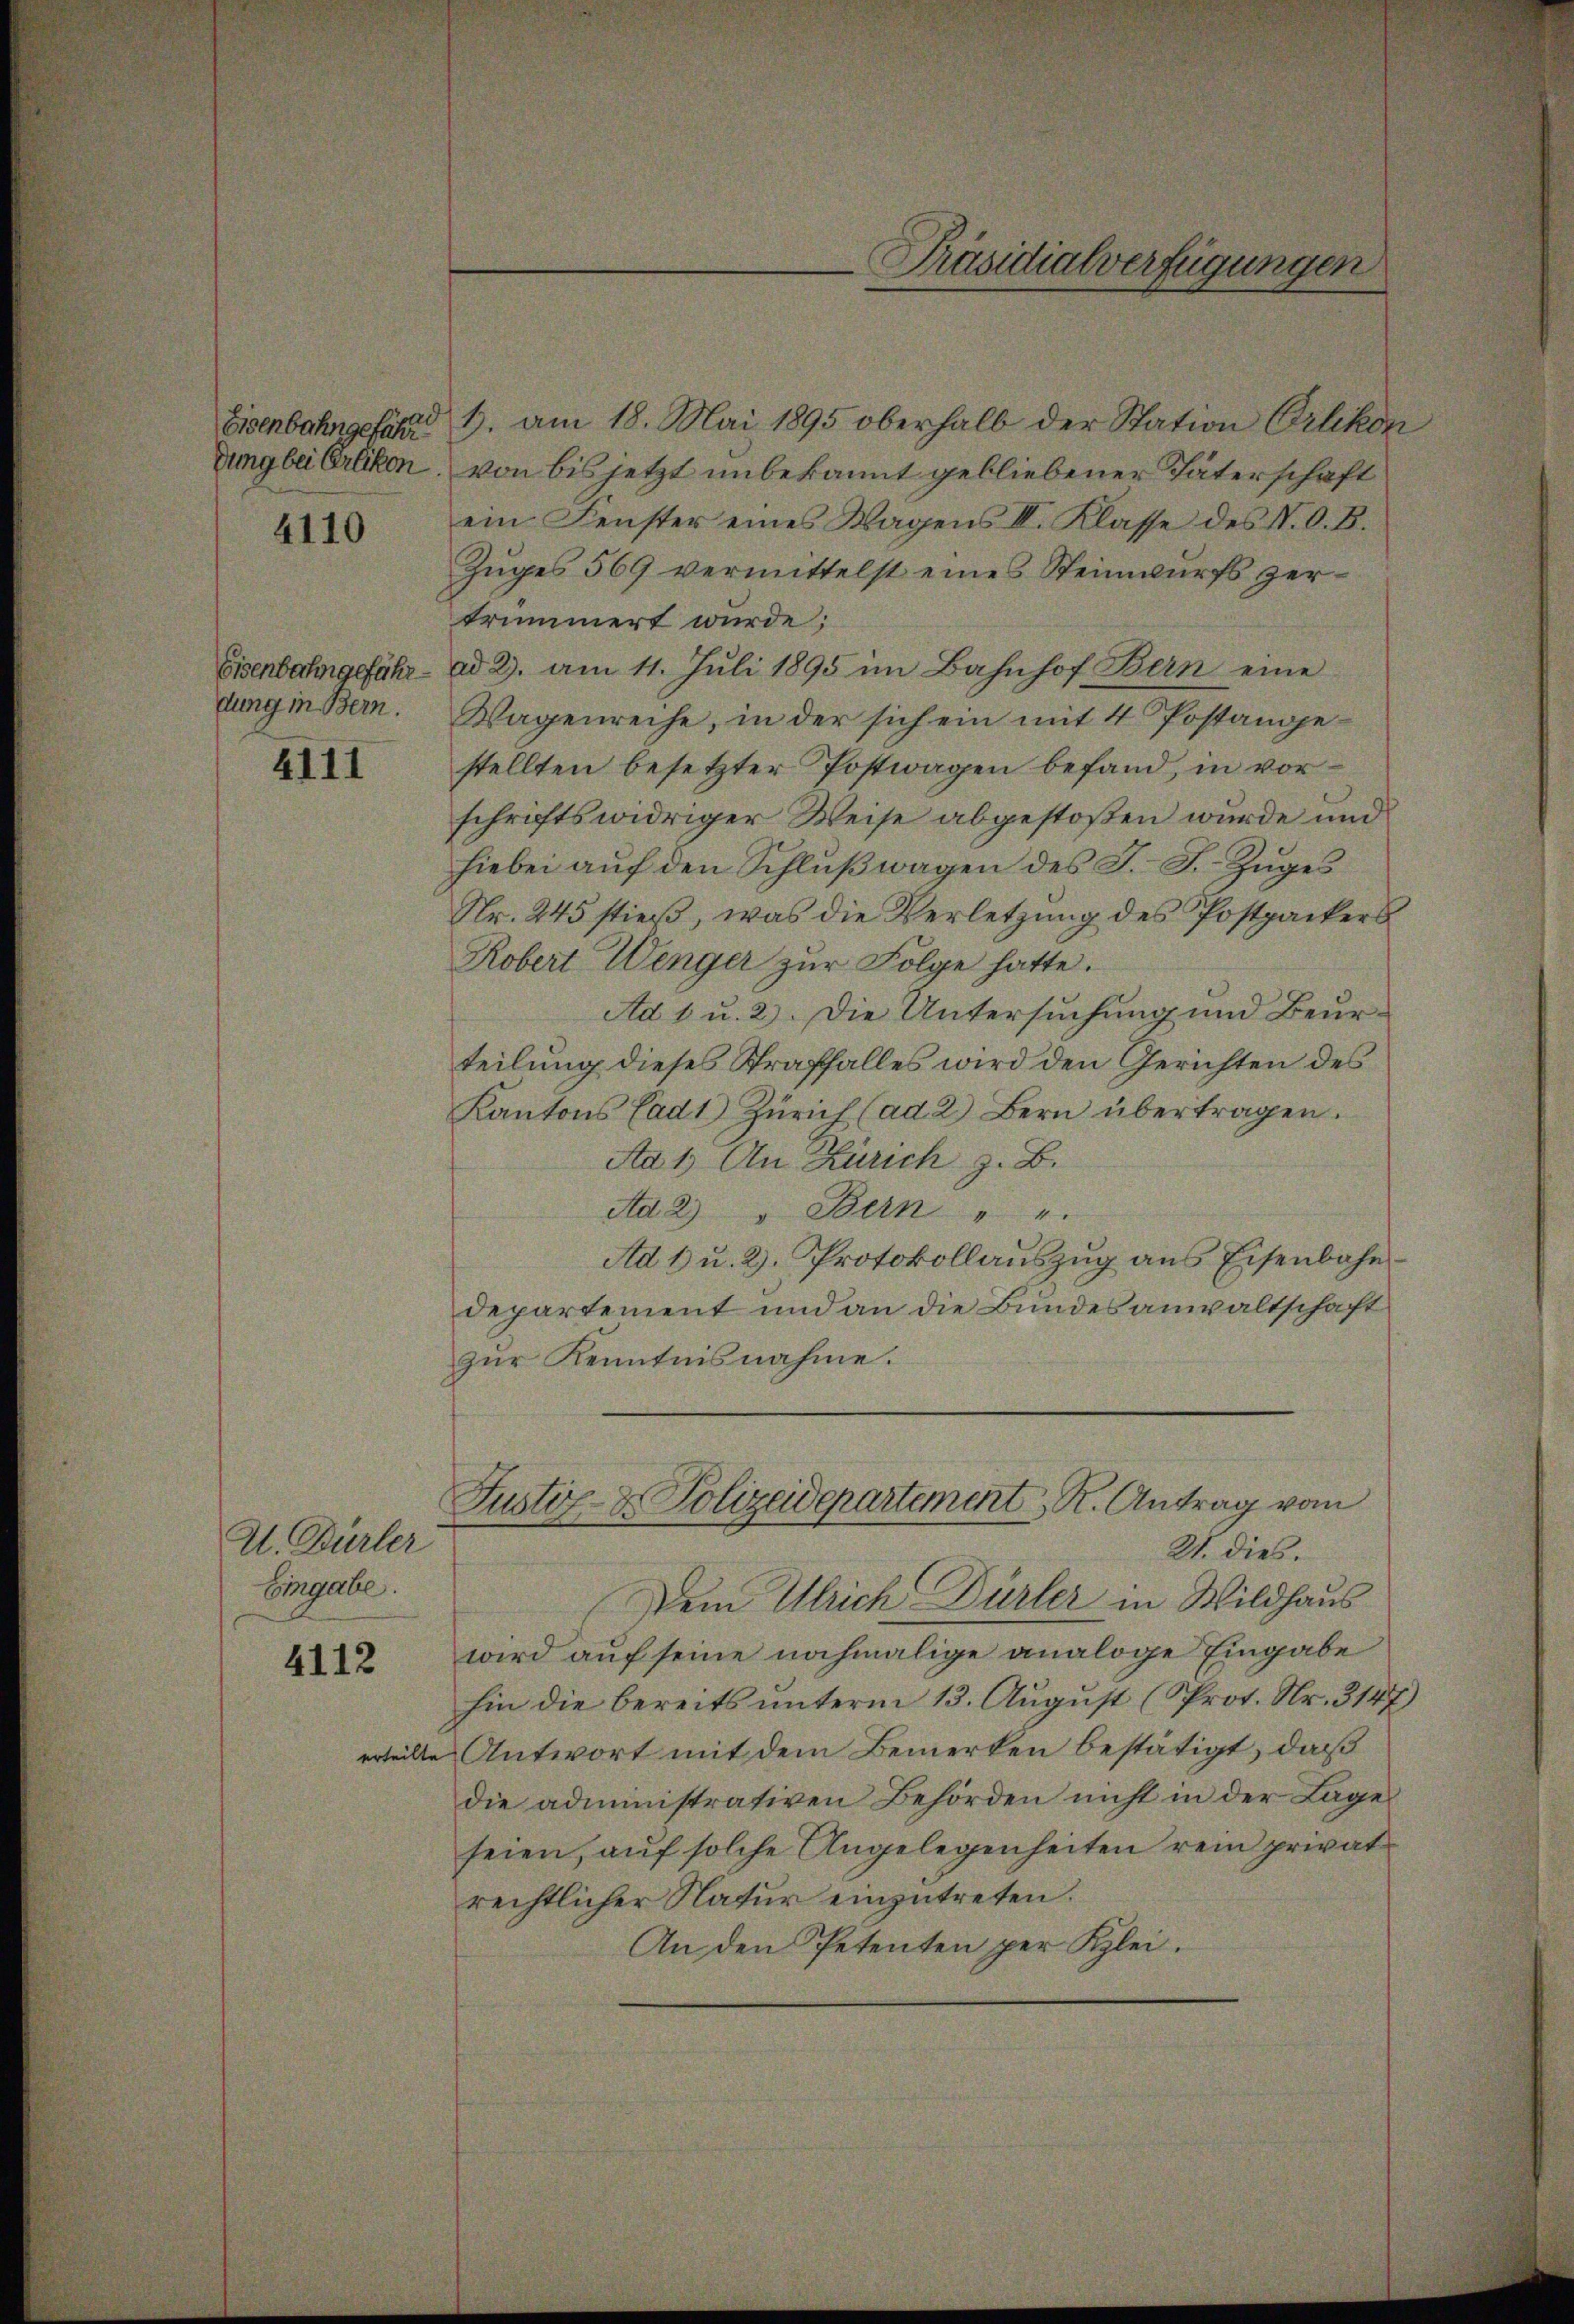
Eisenbahngefähr
dung bei Erlikon.
4110

Eisenbahngefährdung in Bern.

4111

U. Dürler
Eingabe.

4112

erteil

1. am 18. Mai 1895 oberhalb der Station Örlikon
von bis jetzt unbekannt gebliebener Päterschaft
ein Fenster eines Wagens II. Klasse des N. O. B.
Zuges 569 vermittelst eines Steinwurfs zertrümmert wurde;
ad 2. am 11. Juli 1895 im Bahnhof Bern eine
Wagenreche, in der sich ein mit 4 Postangestellten besetzter Postwagen befand, in vorschriftswidriger Weise abgestoßen wurde und
hiebei aŭf den Schlŭβwagen des J. J. Zŭges
Nr. 245 stieß, was die Verletzung des Postpackers
Kobert Wenger zur Folge hatte.
Ad 1 u. 2). Die Untersuchung und Beurteilung dieses Straffalles wird den Gerichten des
Kantons Cadt Zürich (ad 2.) Bern übertragen.
Ad 1) An Zürich z. B.
Ad 2) " Bern " "
Ad 1 u. 2. Protokollauszug aus Eisenbahn
departement und an die Bundesanwaltschaft
zur Kenntnisnahme.
Justiz- & Polizeidepartement K. Antrag vom
21. dies.
Dein Ulrich Dürler in Wildhaus
wird auf seine nochmalige analoge Eingabe
hin die bereits unterm 13. August (Prot. Nr. 3147)
Antwort mit dem Bemerken bestätigt, daß
die administrativen Behörden nicht in der Lage
seien, auf solche Angelegenheiten rein privat
rechtlicher Natur einzutreten.
An den Petenten per Klei¬

Präsidialverfügungen